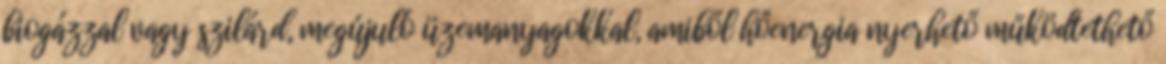
biogázzal vagy szilárd, megújuló üzemanyagokkal, amiből hőenergia nyerhető működtethető